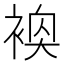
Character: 𬡢